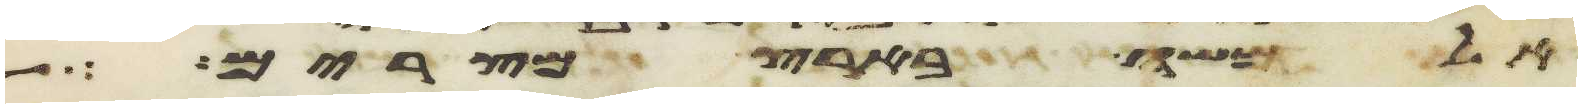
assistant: אל משה בארץ מצרים